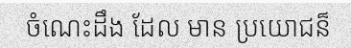
ចំណេះដឹង ដែល មាន ប្រយោជន៏